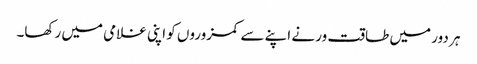
ہر دور میں طاقت ور نے اپنے سے کمزوروں کو اپنی غلامی میں رکھا۔